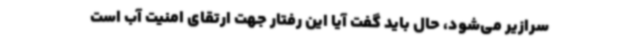
سرازیر می‌شود، حال باید گفت آیا این رفتار جهت ارتقای امنیت آب است